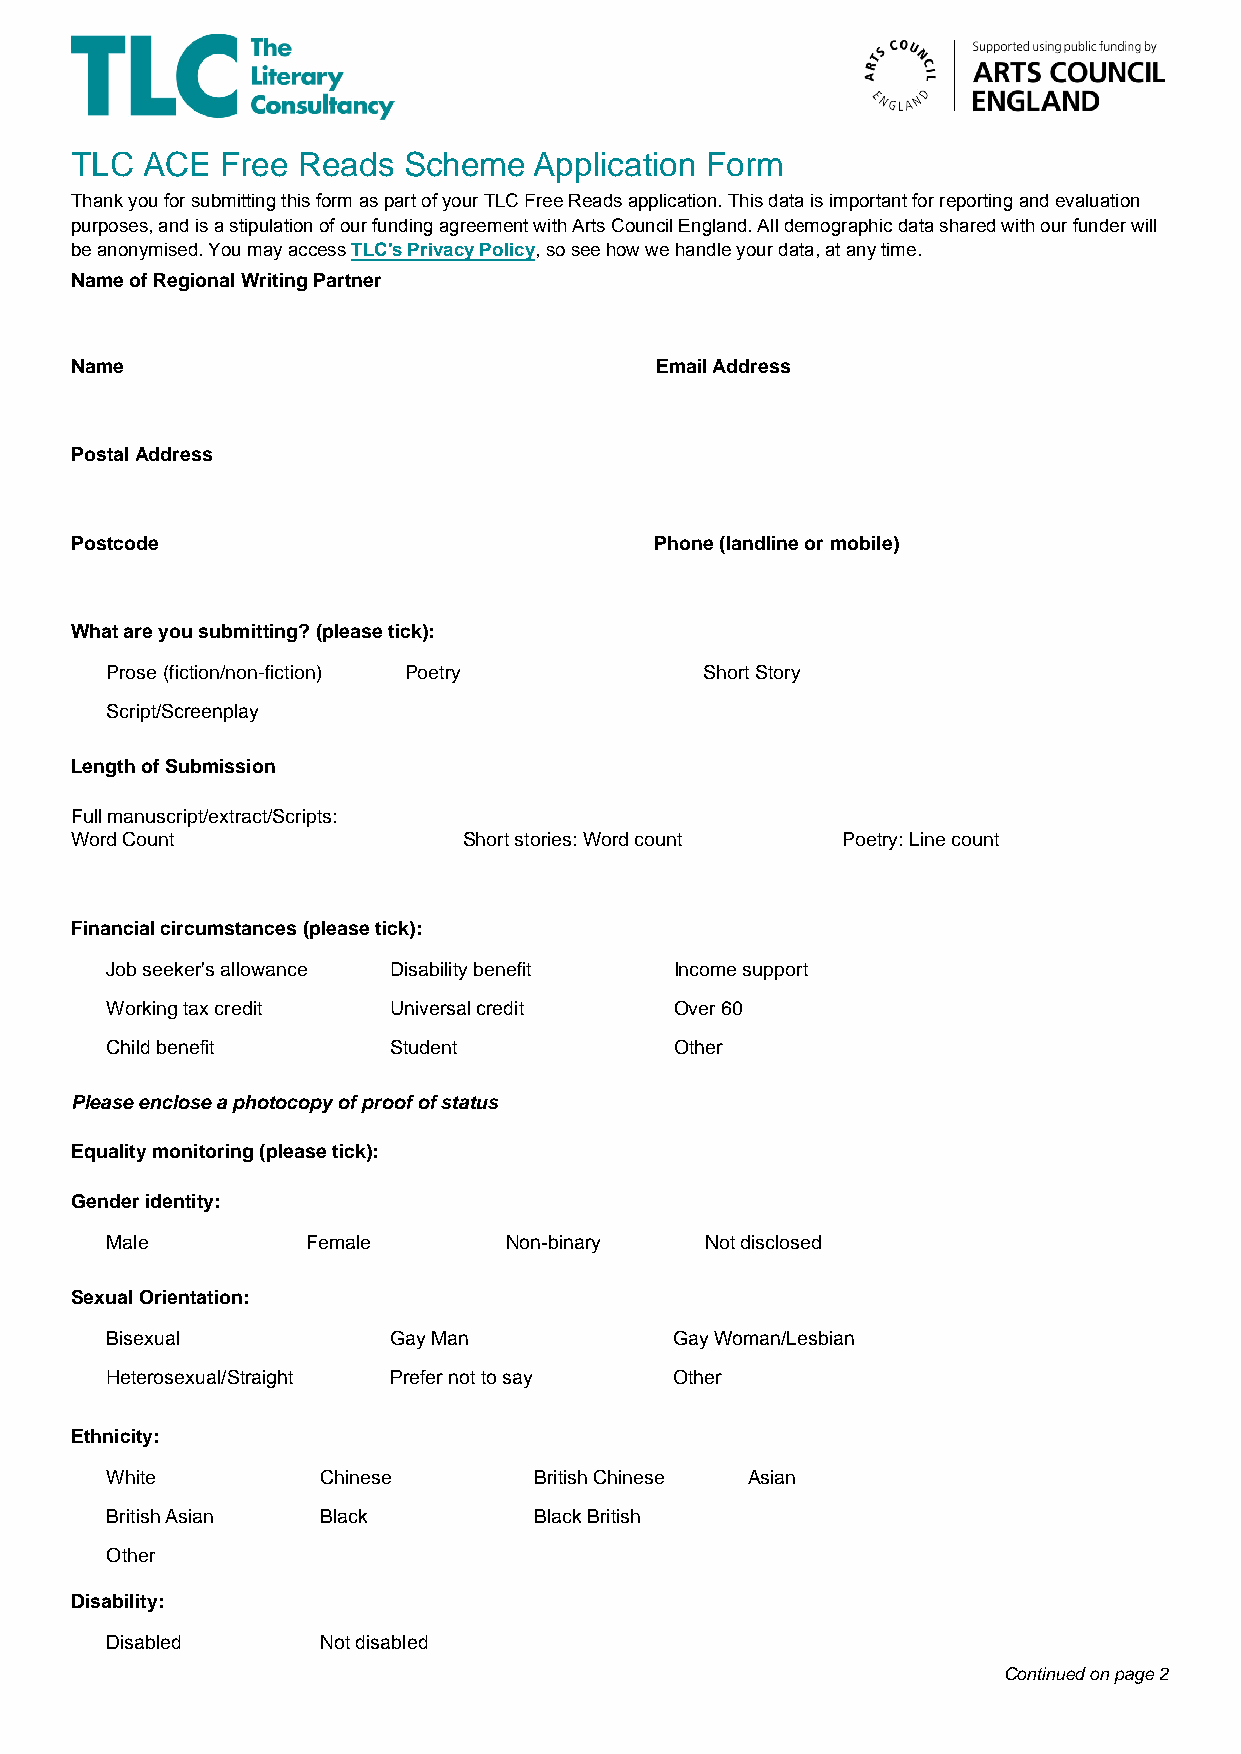
TLC ACE   Free Reads  Scheme  Application Form
 Thank you for submitting this form as part of your TLC Free Reads application. This data is important for reporting and evaluation
 purposes, and is a stipulation of our funding agreement with Arts Council England. All demographic data shared with our funder will
 be anonymised. You may access TLC's Privacy Policy, so see how we handle your data, at any time.
 Name of Regional Writing Partner
 Name                                  Email Address
 Postal Address
 Postcode                              Phone (landline or mobile)
 What are you submitting? (please tick):
 Prose (fiction/non-fiction) Poetry      Short Story
 Script/Screenplay
 Length of Submission
 Full manuscript/extract/Scripts:
 Word Count                Short stories: Word count Poetry: Line count
 Financial circumstances (please tick):
 Job seeker's allowance Disability benefit Income support
 Working tax credit Universal credit   Over 60
 Child benefit      Student            Other
 Please enclose a photocopy of proof of status
 Equality monitoring (please tick):
 Gender identity:
 Male         Female       Non-binary    Not disclosed
 Sexual Orientation:
 Bisexual           Gay Man            Gay Woman/Lesbian
 Heterosexual/Straight Prefer not to say Other
 Ethnicity:
 White         Chinese       British Chinese Asian
 British Asian Black         Black British
 Other
 Disability:
 Disabled      Not disabled
 Continued on page 2